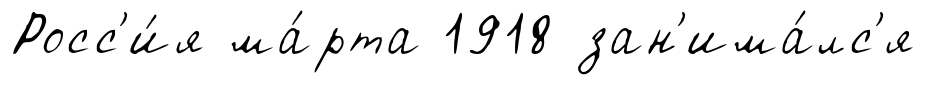
Росс'и́я ма́рта 1918 зан'има́лс'я